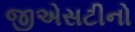
જીએસટીનો